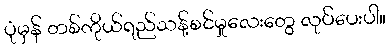
ပုံမှန် တစ်ကိုယ်ရည်သန့်စင်မှုလေးတွေ လုပ်ပေးပါ။